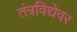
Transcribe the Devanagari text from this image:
तंत्रविद्येवर